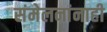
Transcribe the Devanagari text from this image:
संमेलनांनाही